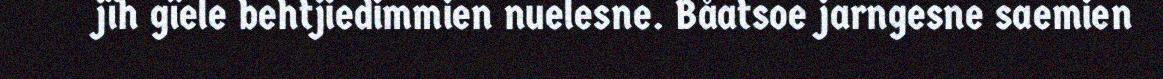
jïh gïele behtjiedimmien nuelesne. Båatsoe jarngesne saemien